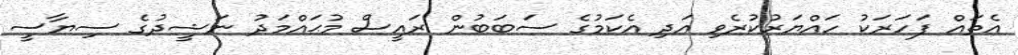
އެތައް ފަހަރަކު ހައްޔަރުކުރެވި އަދި އެކަމުގެ ސަބަބުން ރައީސް މުޙައްމަދު ނަޝީދުގެ ސިޔާސީ